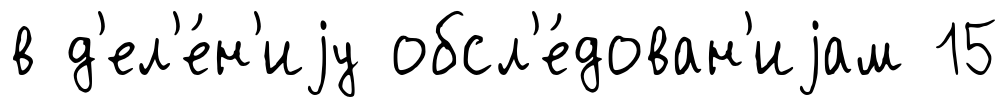
в д'ел'е́н'иjу обсл'е́дован'иjам 15